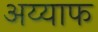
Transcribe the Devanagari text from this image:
अय्याफ